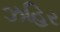
ઝહિર